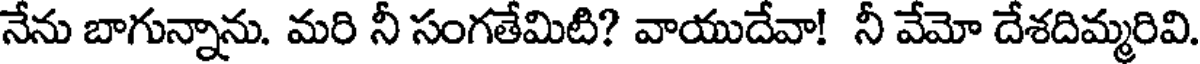
నేను బాగున్నాను. మరి నీ సంగతేమిటి? వాయుదేవా! నీ వేమో దేశదిమ్మరివి